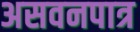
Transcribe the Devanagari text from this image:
असवनपात्र